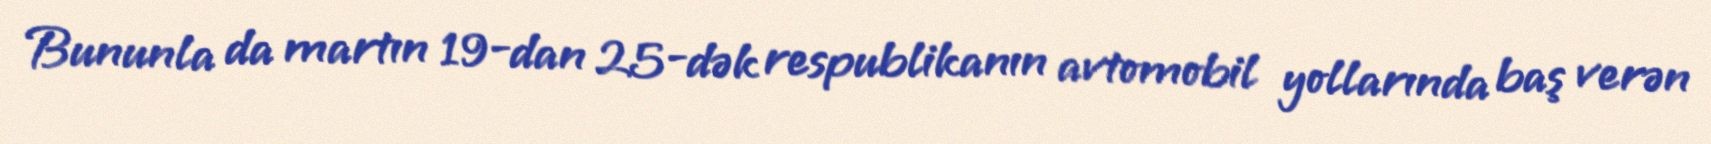
Bununla da martın 19-dan 25-dək respublikanın avtomobil yollarında baş verən